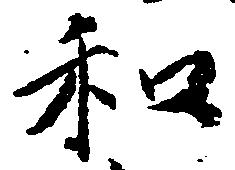
和